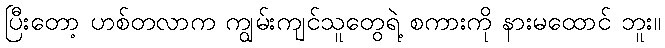
ပြီးတော့ ဟစ်တလာက ကျွမ်းကျင်သူတွေရဲ့ စကားကို နားမထောင် ဘူး။